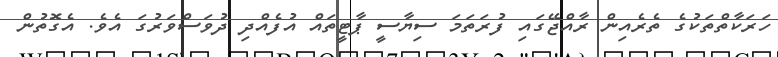
ހަރަކާތްތަކުގެ ތެރެއިން ރާއްޖޭގައި ފުރަތަމަ ސިޔާސީ ޕާޓީތައް އުފެއްދި ދުވަސްވަރުގަ އެވެ. އެގޮތުން